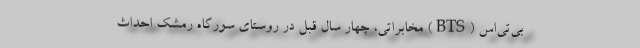
بی‌تی‌اس (BTS) مخابراتی، چهار سال قبل در روستای سورگاه رمشک احداث